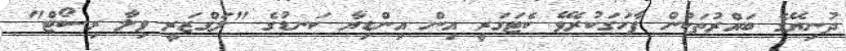
ދުނިޔޭގެ ބައްރުތަކުން ފާހަގަކުރެވޭ ކެޓަގަރީ އިން އިންޑިޔާ ކަނޑުގެ "ލަގްޒަރީ ވިލާ ރިސޯޓް"